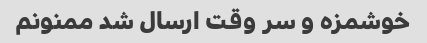
خوشمزه و سر وقت ارسال شد ممنونم